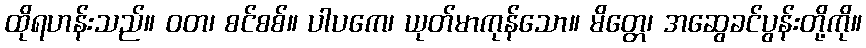
ထိုရဟန်းသည်။ ဝတ၊ စင်စစ်။ ပါပကေ၊ ယုတ်မာကုန်သော။ မိတ္တေ၊ အဆွေခင်ပွန်းတို့ကို။